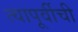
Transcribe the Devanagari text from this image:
त्यापूर्वीची